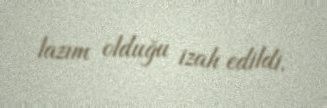
lazım olduğu izah edildi.